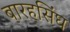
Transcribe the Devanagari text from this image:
बारहसिंघ